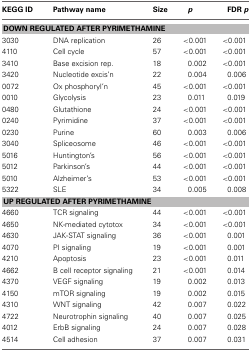
<table><thead><tr><td><b>KEGG ID</b></td><td><b>Pathway name</b></td><td><b>Size</b></td><td><b><i>p</i></b></td><td><b>FDR <i>p</i></b></td></tr></thead><tbody><tr><td colspan="5"><b>DOWN REGULATED AFTER PYRIMETHAMINE</b></td></tr><tr><td>3030</td><td>DNA replication</td><td>26</td><td>&lt;0.001</td><td>&lt;0.001</td></tr><tr><td>4110</td><td>Cell cycle</td><td>57</td><td>&lt;0.001</td><td>&lt;0.001</td></tr><tr><td>3410</td><td>Base excision rep.</td><td>18</td><td>0.002</td><td>&lt;0.001</td></tr><tr><td>3420</td><td>Nucleotide excis&#x27;n</td><td>22</td><td>0.004</td><td>0.006</td></tr><tr><td>0072</td><td>Ox phosphoryl&#x27;n</td><td>45</td><td>&lt;0.001</td><td>&lt;0.001</td></tr><tr><td>0010</td><td>Glycolysis</td><td>23</td><td>0.011</td><td>0.019</td></tr><tr><td>0480</td><td>Glutathione</td><td>24</td><td>&lt;0.001</td><td>&lt;0.001</td></tr><tr><td>0240</td><td>Pyrimidine</td><td>37</td><td>&lt;0.001</td><td>&lt;0.001</td></tr><tr><td>0230</td><td>Purine</td><td>60</td><td>0.003</td><td>0.006</td></tr><tr><td>3040</td><td>Spliceosome</td><td>46</td><td>&lt;0.001</td><td>&lt;0.001</td></tr><tr><td>5016</td><td>Huntington&#x27;s</td><td>56</td><td>&lt;0.001</td><td>&lt;0.001</td></tr><tr><td>5012</td><td>Parkinson&#x27;s</td><td>44</td><td>&lt;0.001</td><td>&lt;0.001</td></tr><tr><td>5010</td><td>Alzheimer&#x27;s</td><td>53</td><td>&lt;0.001</td><td>&lt;0.001</td></tr><tr><td>5322</td><td>SLE</td><td>34</td><td>0.005</td><td>0.008</td></tr><tr><td colspan="5"><b>UP REGULATED AFTER PYRIMETHAMINE</b></td></tr><tr><td>4660</td><td>TCR signaling</td><td>44</td><td>&lt;0.001</td><td>&lt;0.001</td></tr><tr><td>4650</td><td>NK-mediated cytotox</td><td>34</td><td>&lt;0.001</td><td>&lt;0.001</td></tr><tr><td>4630</td><td>JAK-STAT signaling</td><td>36</td><td>&lt;0.001</td><td>0.001</td></tr><tr><td>4070</td><td>PI signaling</td><td>19</td><td>&lt;0.001</td><td>0.001</td></tr><tr><td>4210</td><td>Apoptosis</td><td>23</td><td>&lt;0.001</td><td>0.011</td></tr><tr><td>4662</td><td>B cell receptor signaling</td><td>21</td><td>&lt;0.001</td><td>0.014</td></tr><tr><td>4370</td><td>VEGF signaling</td><td>19</td><td>0.002</td><td>0.013</td></tr><tr><td>4150</td><td>mTOR signaling</td><td>19</td><td>0.002</td><td>0.015</td></tr><tr><td>4310</td><td>WNT signaling</td><td>42</td><td>0.007</td><td>0.022</td></tr><tr><td>4722</td><td>Neurotrophin signaling</td><td>40</td><td>0.007</td><td>0.025</td></tr><tr><td>4012</td><td>ErbB signaling</td><td>24</td><td>0.007</td><td>0.028</td></tr><tr><td>4514</td><td>Cell adhesion</td><td>37</td><td>0.007</td><td>0.031</td></tr></tbody></table>